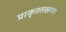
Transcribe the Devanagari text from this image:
प्राकृतलक्षणम